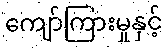
ကျော်ကြားမှုနှင့်